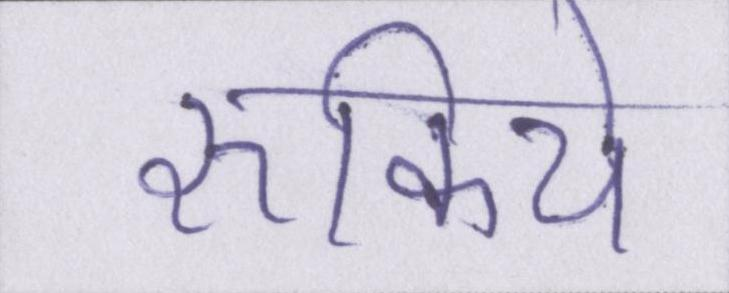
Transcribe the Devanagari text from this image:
रुकिये